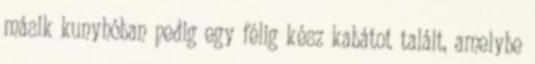
másik kunyhóban pedig egy félig kész kabátot talált, amelybe